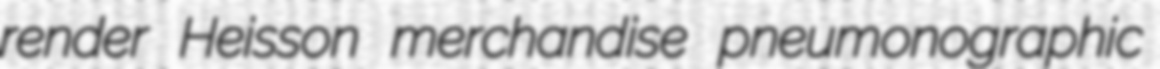
render Heisson merchandise pneumonographic